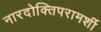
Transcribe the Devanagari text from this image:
नारदोक्तिपरामर्शी